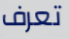
تعرف